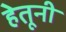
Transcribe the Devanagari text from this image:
हेतूनी